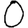
Digit: 0